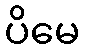
ပိမေ